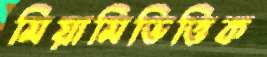
মিয়ামিভিত্তিক